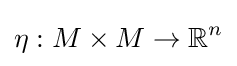
\eta :M\times M\to \mathbb {R} ^{n}